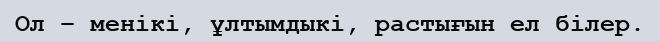
Ол – менікі, ұлтымдыкі, растығын ел білер.